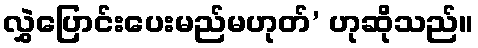
လွှဲပြောင်းပေးမည်မဟုတ်’ ဟုဆိုသည်။